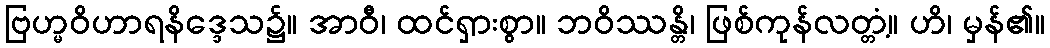
ဗြဟ္မဝိဟာရနိဒ္ဒေသ၌။ အာဝီ၊ ထင်ရှားစွာ။ ဘဝိဿန္တိ၊ ဖြစ်ကုန်လတ္တံ့။ ဟိ၊ မှန်၏။